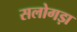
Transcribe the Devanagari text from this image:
सलोगड़ा